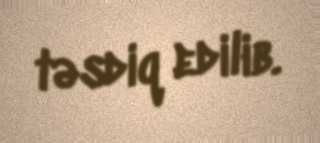
təsdiq edilib.